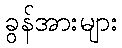
ခွန်အားများ